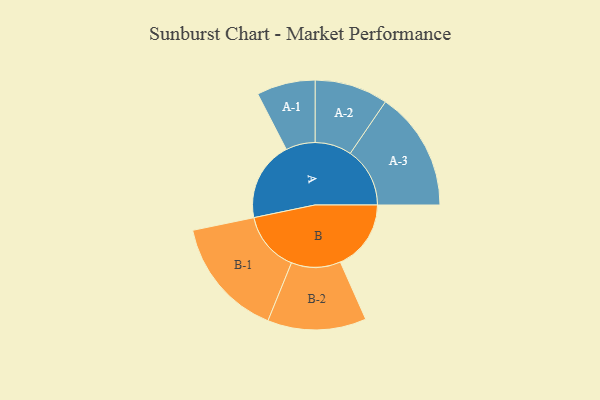
{"axis": {"x": "Segment", "y": "Value"}, "legend": ["", "A", "B"], "data": [{"x": "A", "y": 302, "type": ""}, {"x": "B", "y": 268, "type": ""}, {"x": "A-1", "y": 111, "type": "A"}, {"x": "A-2", "y": 139, "type": "A"}, {"x": "A-3", "y": 226, "type": "A"}, {"x": "B-1", "y": 228, "type": "B"}, {"x": "B-2", "y": 187, "type": "B"}]}